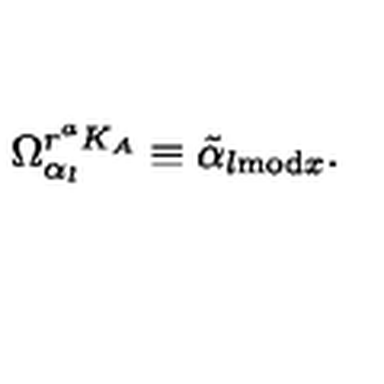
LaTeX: \Omega _ { \alpha _ { l } } ^ { r ^ { a } K _ { A } } \equiv \tilde { \alpha } _ { l \mathrm { m o d } x } .